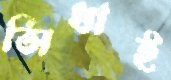
সিধাই